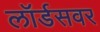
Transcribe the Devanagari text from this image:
लॉर्डसवर